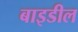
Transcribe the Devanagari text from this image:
बाइडील